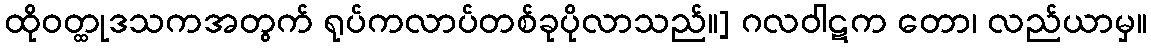
ထိုဝတ္ထုဒသကအတွက် ရုပ်ကလာပ်တစ်ခုပိုလာသည်။] ဂလဝါဋက တော၊ လည်ယာမှ။